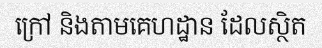
ក្រៅ និងតាមគេហដ្ឋាន ដែលស្ថិត